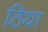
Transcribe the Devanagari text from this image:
ठिया